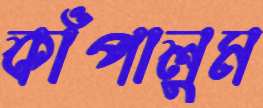
কাঁপালুম